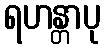
ရဟန္တာပု